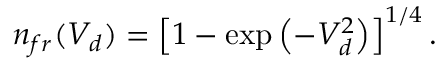
n _ { f r } ( V _ { d } ) = \left[ 1 - \exp \left( - V _ { d } ^ { 2 } \right) \right] ^ { 1 / 4 } .